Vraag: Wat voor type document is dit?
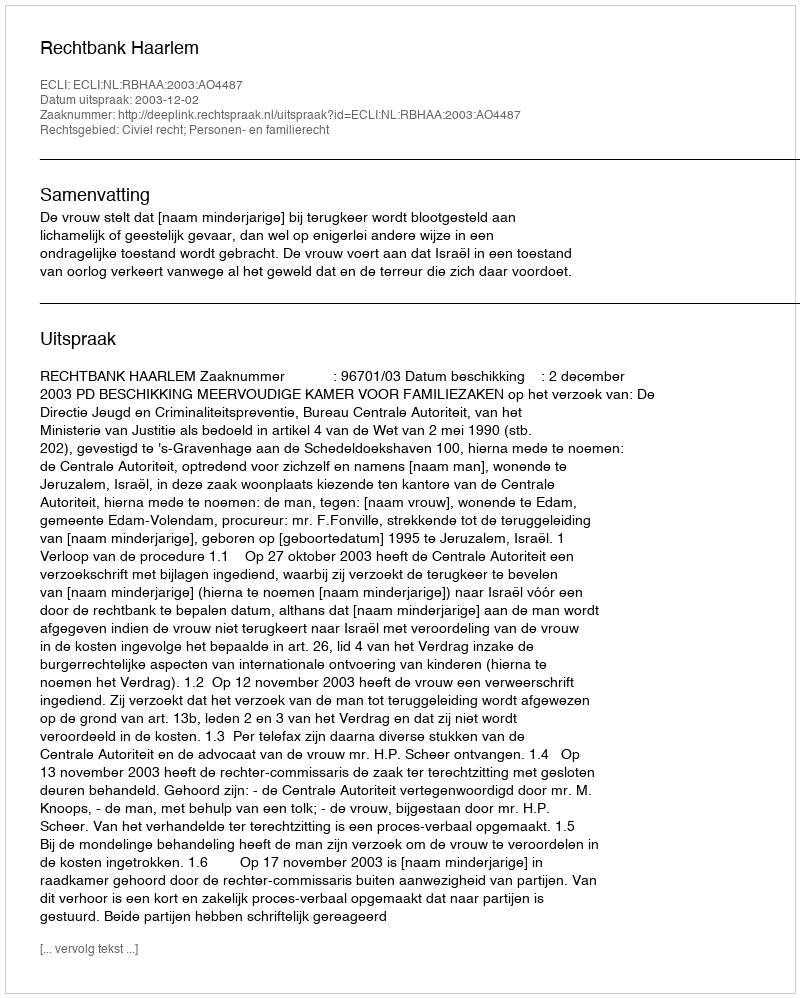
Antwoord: Uitspraak